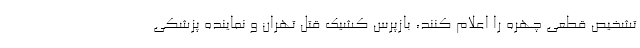
تشخیص قطعی چهره را اعلام کنند، بازپرس کشیک قتل تهران و نماینده پزشکی